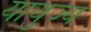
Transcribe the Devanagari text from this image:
यायुज्य